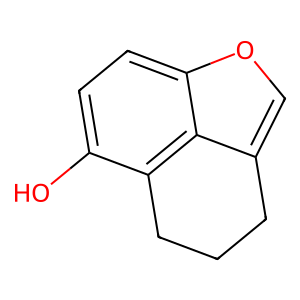
SMILES: Oc1ccc2occ3c2c1CCC3
Inhibits HIV replication: No